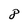
Character: 8